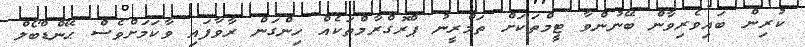
ކުރިން ބައިވެރިވާން ބޭނުންވާ ޓީމްތަކަށް ތަމްރީނު ޕްރޮގްރާމްތަކެއް ހިންގަން ރާވާފައި ވާކަމަށްވެސް ޙޭންޑްބޯލް